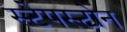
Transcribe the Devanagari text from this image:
स्टेपस्टोन